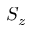
S _ { z }